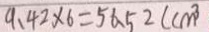
9 . 4 2 \times 6 = 5 6 . 5 2 ( c m ^ { 3 }